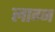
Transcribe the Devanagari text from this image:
लाग्न